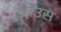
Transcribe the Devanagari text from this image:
द्ज़ेउस